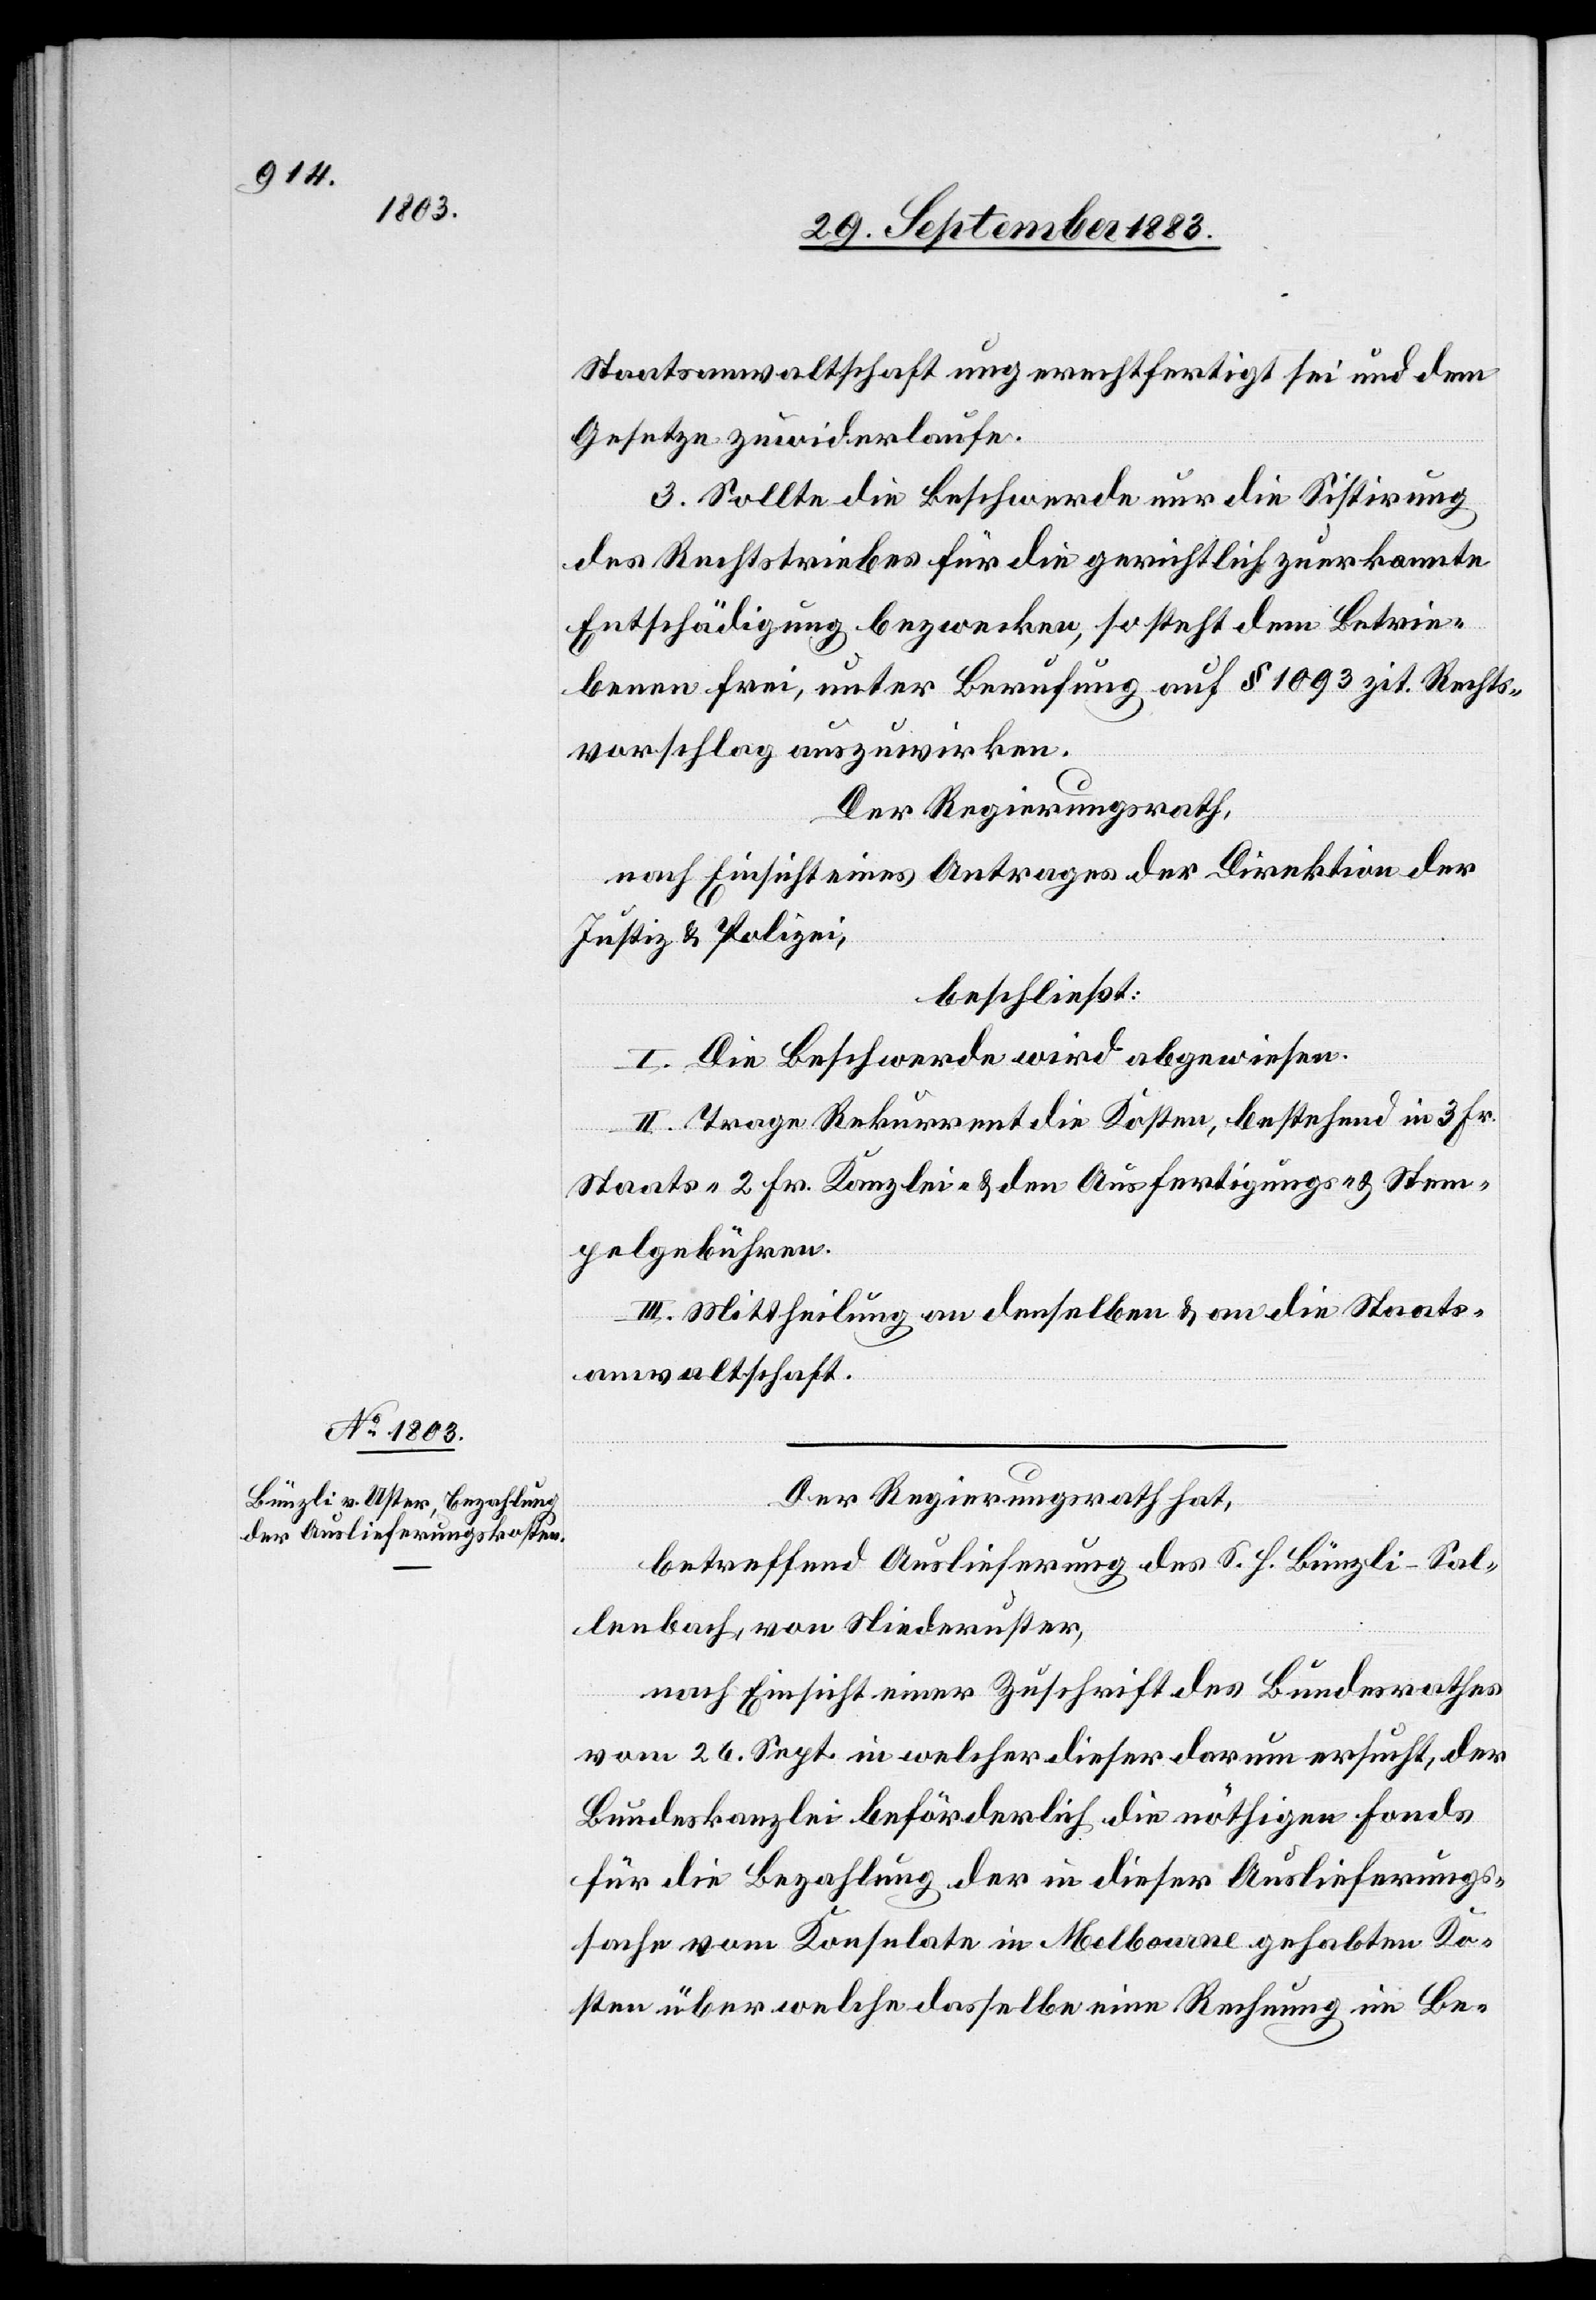
Staatsanwaltschaft ungerechtfertigt sei und dem
Gesetze zuwiderlaufe.
3. Sollte die Beschwerde nur die Sistirung
des Rechtstriebes für die gerichtlich zuerkannte
Entschädigung bezwecken, so steht dem Betrie¬
benen frei, unter Berufung auf § 1093 zit. Rechts¬
vorschlag auszuwirken.
Der Regierungsrath,
nach Einsicht eines Antrages der Direktion der
Justiz & Polizei,
beschließt:
I. Die Beschwerde wird abgewiesen.
II. Trage Rekurrent die Kosten bestehend in 3 Fr.
Staats-[,] 2 Fr. Kanzlei- & den Ausfertigungs- & Stem¬
pelgebühren.
III. Mittheilung an denselben & an die Staats¬
anwaltschaft.
Der Regierungsrath hat,
betreffend Auslieferung des S. H. Bünzli-Sal¬
lenbach, von Niederuster,
nach Einsicht einer Zuschrift des Bundesrathes
vom 26. Sept. in welcher dieser darum ersucht, der
Bundeskanzlei beförderlich die nöthigen Fonds
für die Bezahlung der in dieser Auslieferungs¬
sache vom Konsulate in Melbourne gehabten Ko¬
sten über welche dasselbe eine Rechnung im Be-